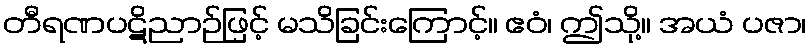
တီရဏပဋိညာဉ်ဖြင့် မသိခြင်းကြောင့်။ ဧဝံ၊ ဤသို့။ အယံ ပဇာ၊